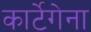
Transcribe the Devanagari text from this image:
कार्टेगेना